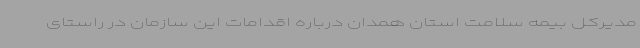
مدیرکل بیمه سلامت استان همدان درباره اقدامات این سازمان در راستای